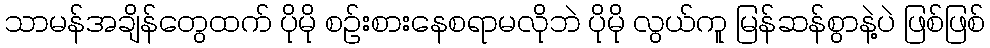
သာမန်အချိန်တွေထက် ပိုမို စဉ်းစားနေစရာမလိုဘဲ ပိုမို လွယ်ကူ မြန်ဆန်စွာနဲ့ပဲ ဖြစ်ဖြစ်